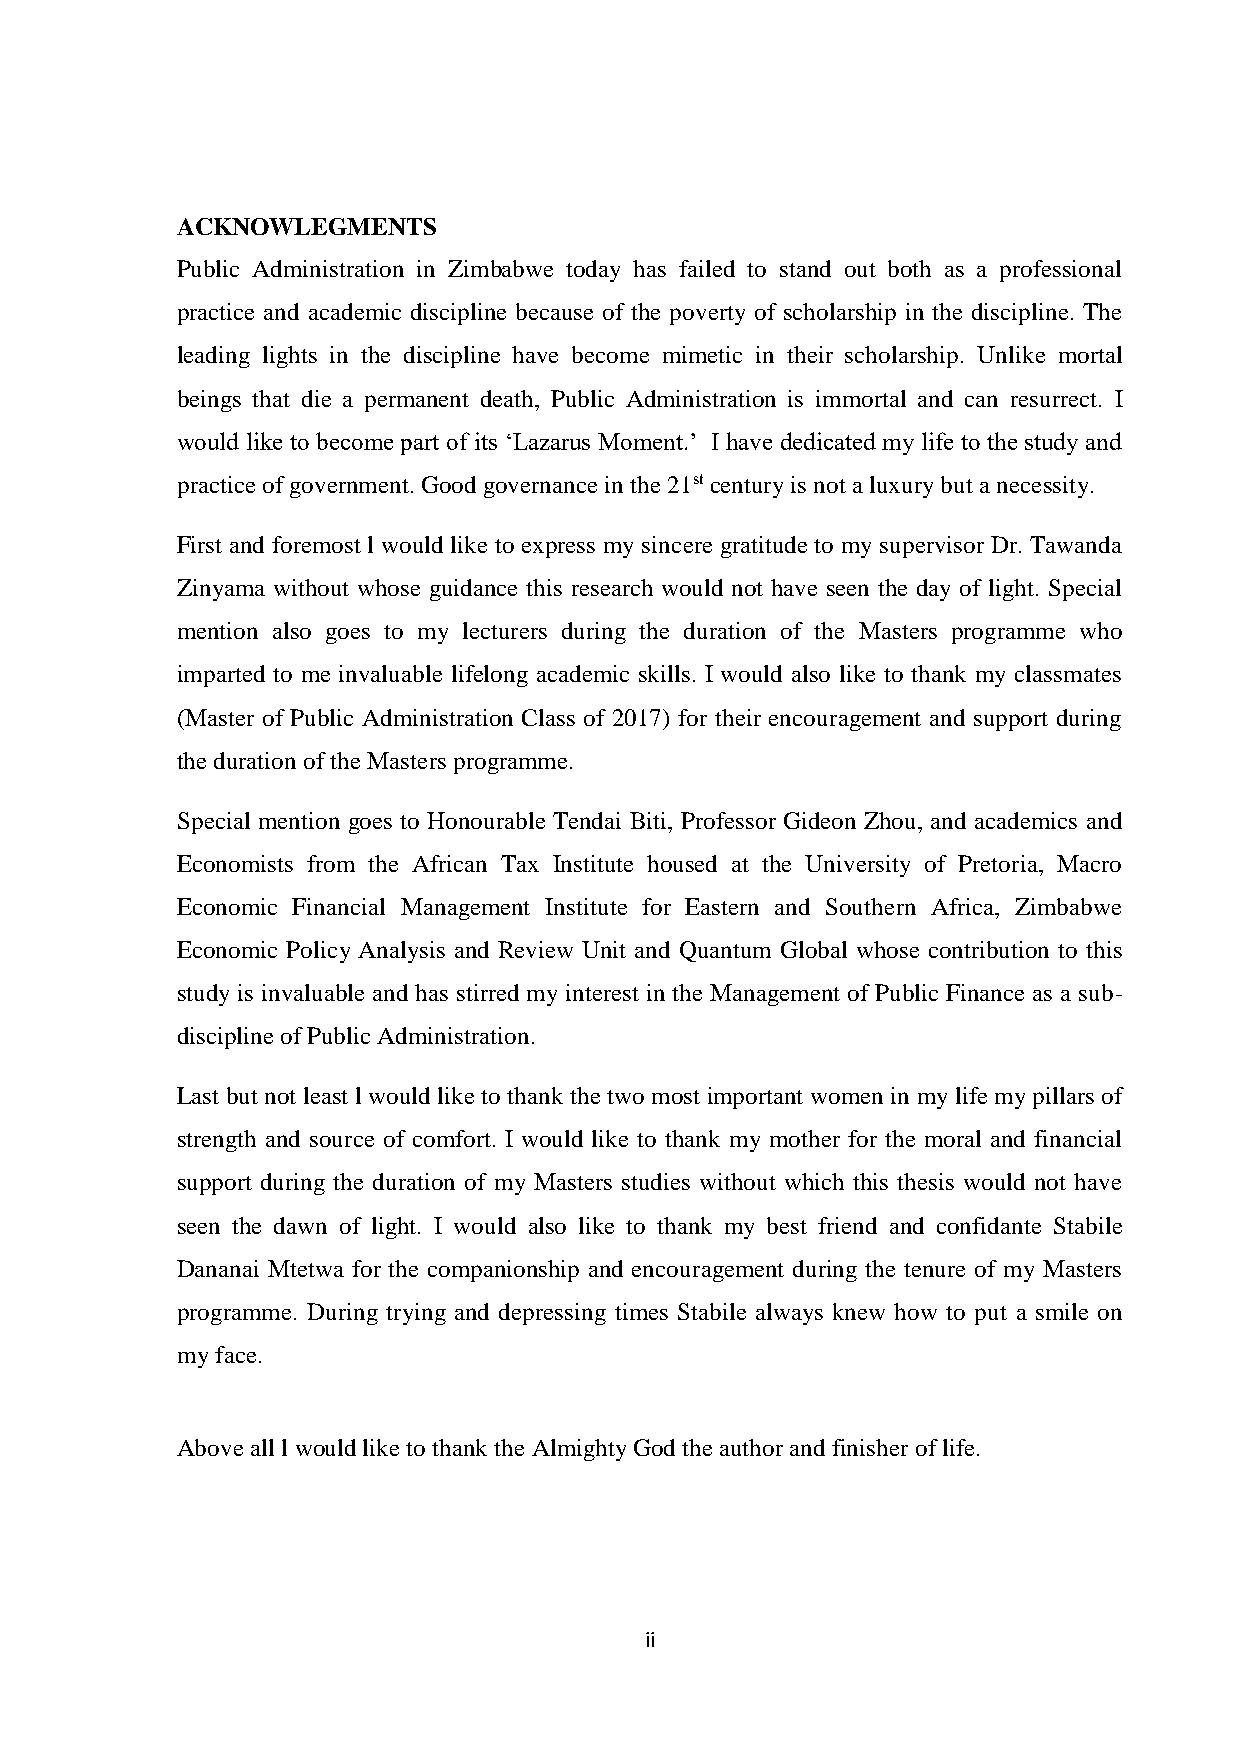
ACKNOWLEGMENTS
 Public Administration in Zimbabwe today has failed to stand out both as a professional
 practice and academic discipline because of the poverty of scholarship in the discipline. The
 leading lights in the discipline have become mimetic in their scholarship. Unlike mortal
 beings that die a permanent death, Public Administration is immortal and can resurrect. I
 would like to become part of its ‘Lazarus Moment.’ I have dedicated my life to the study and
 practice of government. Good governance in the 21st century is not a luxury but a necessity.
 First and foremost l would like to express my sincere gratitude to my supervisor Dr. Tawanda
 Zinyama without whose guidance this research would not have seen the day of light. Special
 mention also goes to my lecturers during the duration of the Masters programme who
 imparted to me invaluable lifelong academic skills. I would also like to thank my classmates
 (Master of Public Administration Class of 2017) for their encouragement and support during
 the duration of the Masters programme.
 Special mention goes to Honourable Tendai Biti, Professor Gideon Zhou, and academics and
 Economists from the African Tax Institute housed at the University of Pretoria, Macro
 Economic Financial Management Institute for Eastern and Southern Africa, Zimbabwe
 Economic Policy Analysis and Review Unit and Quantum Global whose contribution to this
 study is invaluable and has stirred my interest in the Management of Public Finance as a sub-
 discipline of Public Administration.
 Last but not least l would like to thank the two most important women in my life my pillars of
 strength and source of comfort. I would like to thank my mother for the moral and financial
 support during the duration of my Masters studies without which this thesis would not have
 seen the dawn of light. I would also like to thank my best friend and confidante Stabile
 Dananai Mtetwa for the companionship and encouragement during the tenure of my Masters
 programme. During trying and depressing times Stabile always knew how to put a smile on
 my face.
 Above all l would like to thank the Almighty God the author and finisher of life.
 ii